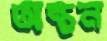
অন্থন